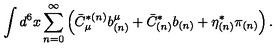
\int d ^ { 6 } x \sum _ { n = 0 } ^ { \infty } \left( \bar { C } _ { \mu } ^ { * ( n ) } b _ { ( n ) } ^ { \mu } + \bar { C } _ { ( n ) } ^ { * } b _ { ( n ) } + \eta _ { ( n ) } ^ { * } \pi _ { ( n ) } \right) .